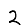
Digit: 2